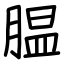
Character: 腽